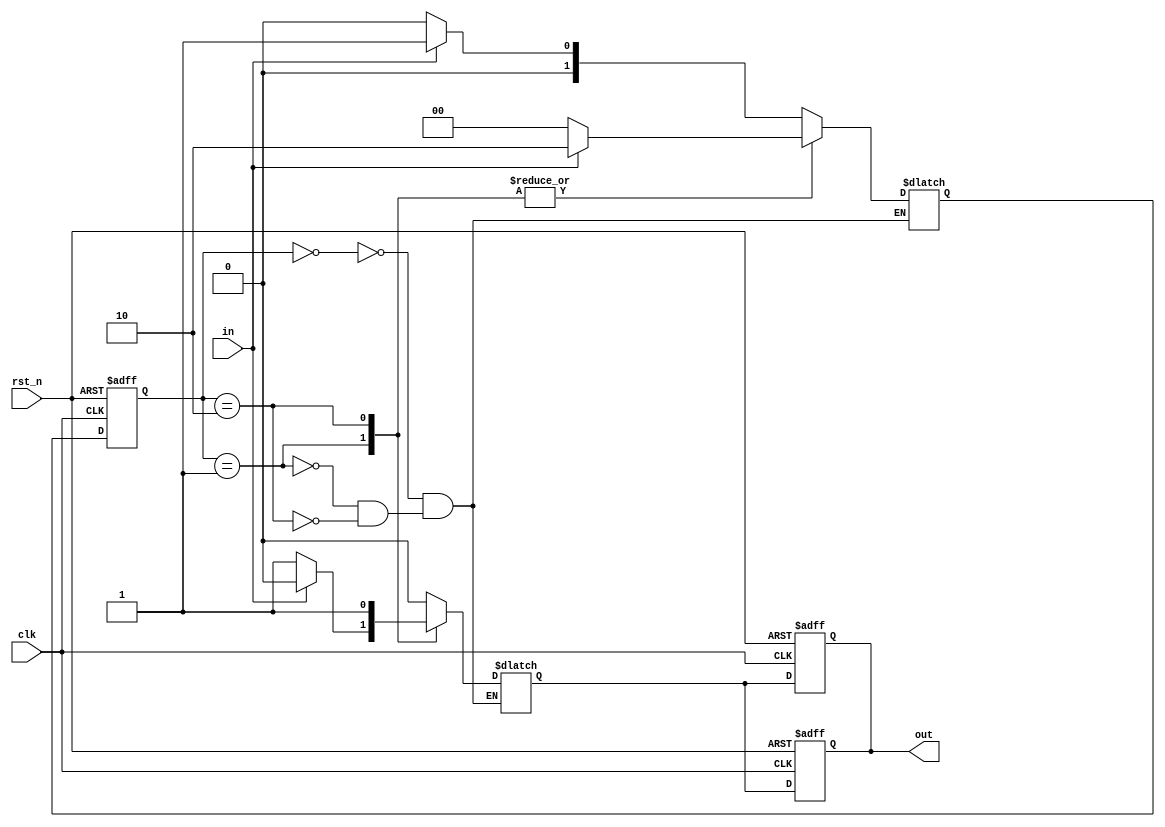
module hw2_B (
				input in,
				input clk,
				input rst_n,
				output reg out
			 );
reg [1:0]state, nextState;
reg nextOut;
parameter S0 = 0;
parameter S1 = 1;
parameter S2 = 2;
always @(posedge clk or negedge rst_n) begin
	if (!rst_n) begin
		out <= 0;
		state <= 0;
	end else begin
		state <= nextState;
		out <= nextOut;
	end // end of if-else block
end // end of always

always @(state or in) begin
	case (state)
		S0: begin								// previous input is 0
			if (in == 0) begin					// 0 -> 0 => 0
				nextState <= S0;
			end else begin						// 0 -> 1 => 0
				nextState <= S1;
			end
		end
		S1: begin								// previous input is 1
			if (in == 0) begin					// 1 -> 0 => 1
				nextState <= S0;
			end else begin						// 1 -> 1 => 0
				nextState <= S2;
			end
		end
		S2: begin
			if (in == 0) begin					// 1 -> 1 -> 0 => 1
				nextState <= S0;
			end else begin						// 1 -> 1 -> 1 => 1
				nextState <= S2;
			end
		end
	endcase
end
always @(state or in) begin
	case (state)
		S0: begin								// previous input is 0
			nextOut <= 0;
		end
		S1: begin								// previous input is 1
			if (in == 0) begin					// 1 -> 0 => 1
				nextOut <= 1;
			end else begin						// 1 -> 1 => 0
				nextOut <= 0;
			end
		end
		S2: begin
			nextOut <= 1;
		end
	endcase
end

always @(posedge clk or negedge rst_n) begin
	if (~rst_n) begin
		out <= 0;
	end else begin
		out <= nextOut;
	end // end of if-else block
end // end of always

endmodule